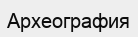
Археография